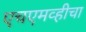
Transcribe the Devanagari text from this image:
एचएमव्हीचा